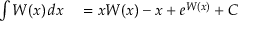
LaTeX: \begin{array} { r l } { \int W ( x ) \, d x } & { { } = x W ( x ) - x + e ^ { W ( x ) } + C } \end{array}